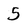
Character: 5